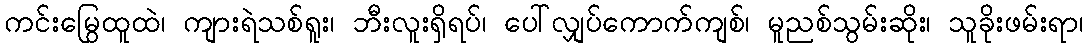
ကင်းမြွေထူထဲ၊ ကျားရဲသစ်ရူး၊ ဘီးလူးရှိရပ်၊ ပေါ်လျှပ်ကောက်ကျစ်၊ မူညစ်သွမ်းဆိုး၊ သူခိုးဖမ်းရာ၊